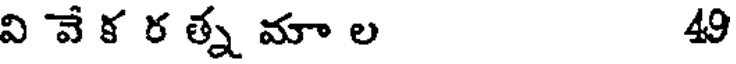
వి వే క ర త్న మా ల 49